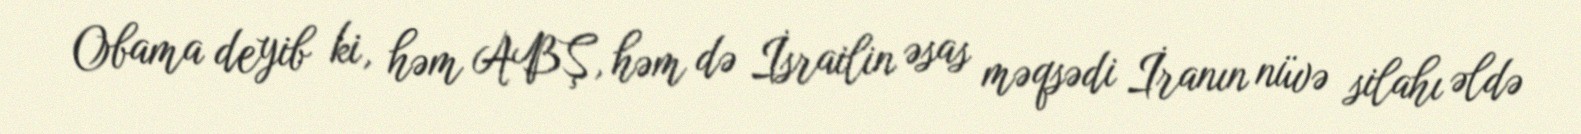
Obama deyib ki, həm ABŞ, həm də İsrailin əsas məqsədi İranın nüvə silahı əldə